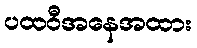
ပထဝီအနေအထား